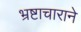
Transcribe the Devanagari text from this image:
भ्रष्टाचाराने